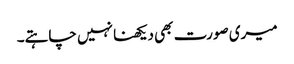
میری صورت بھی دیکھنا نہیں چاہتے۔